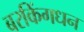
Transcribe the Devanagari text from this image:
बरकिंगधन